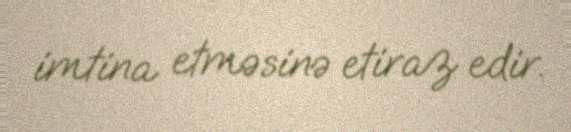
imtina etməsinə etiraz edir.